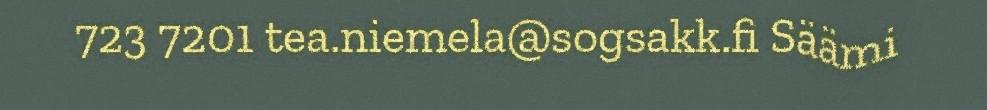
723 7201 tea.niemela@sogsakk.fi Säämi